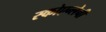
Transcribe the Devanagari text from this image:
स्कोएन्लेनी